Note on the mental hospitals in Burma - 1925-1940
Year: 1925
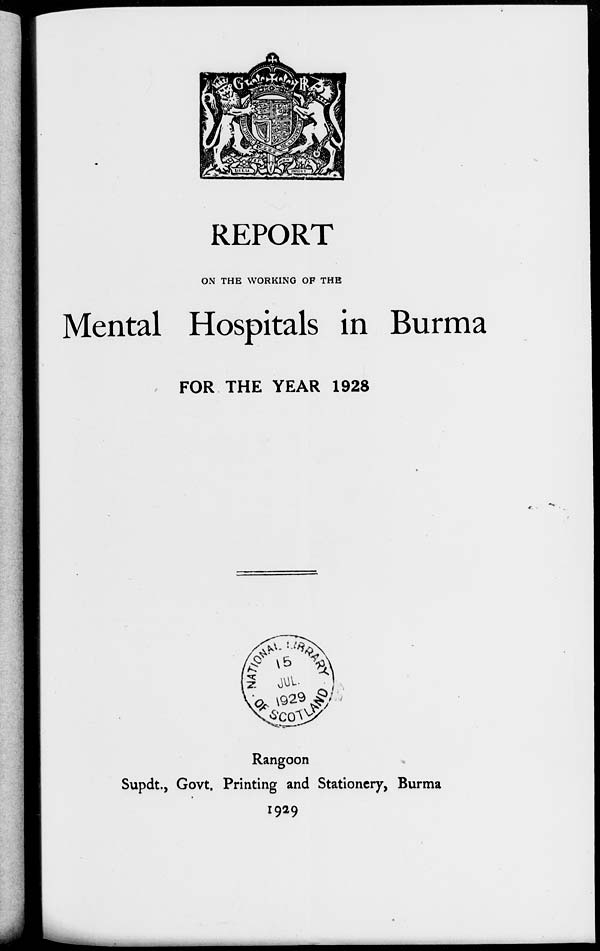
REPORT
ON THE WORKING OF THE
Mental Hospitals in Burma
FOR THE YEAR 1928
Rangoon
Supdt., Govt. Printing and Stationery, Burma
1929